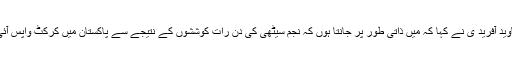
جاوید آفرید ی نے کہا کہ میں ذاتی طور پر جانتا ہوں کہ نجم سیٹھی کی دن رات کوششوں کے نتیجے سے پاکستان میں کرکٹ واپس آئی ۔